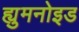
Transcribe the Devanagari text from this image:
ह्युमनोइड